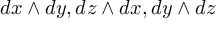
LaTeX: d x \wedge d y , d z \wedge d x , d y \wedge d z